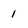
Character: I